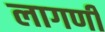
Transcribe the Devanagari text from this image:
लागणी